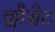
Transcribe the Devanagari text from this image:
क्लौसेट